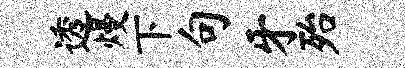
透熳下句牙殆